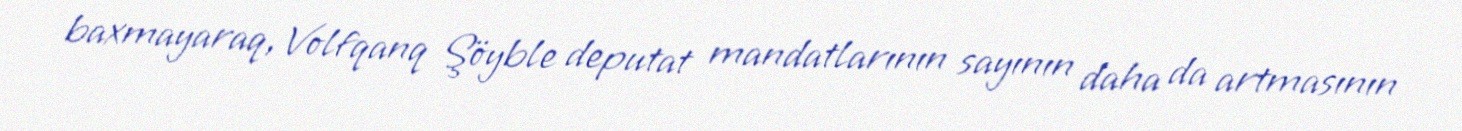
baxmayaraq, Volfqanq Şöyble deputat mandatlarının sayının daha da artmasının